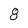
Character: 8